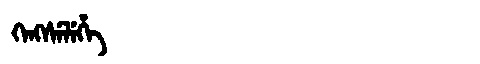
Manchu: ᡴᡝᠩᠰᡝᠯᡝᡥᡝ
Romanization: KENGSELEHE